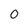
Character: 0